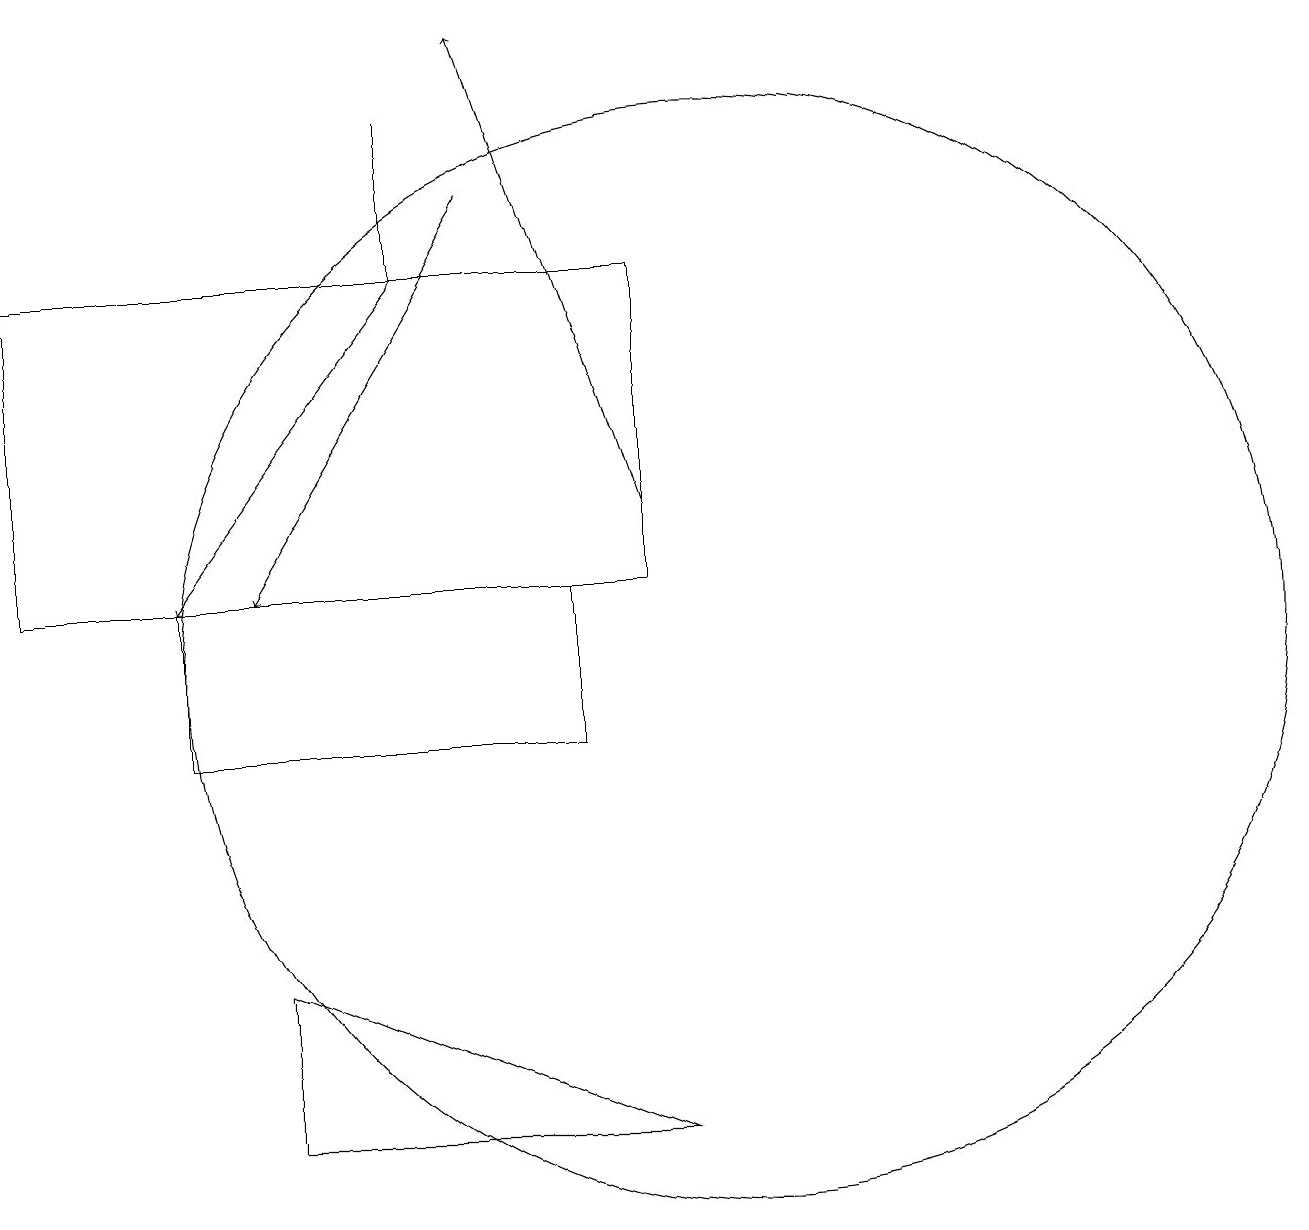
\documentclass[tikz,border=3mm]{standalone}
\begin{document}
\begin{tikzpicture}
\draw (10,11) circle (7);
\draw (9,5) -- (4,7) -- (4,5) -- cycle;
\draw[->] (6,16) -- (3,12);
\draw[->] (9,13) -- (7,19);
\draw (1,12) rectangle (9,16);
\draw[->] (7,17) -- (4,12);
\draw (3,12) rectangle (8,10);
\draw (6,18) rectangle (6,16);
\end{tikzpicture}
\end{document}